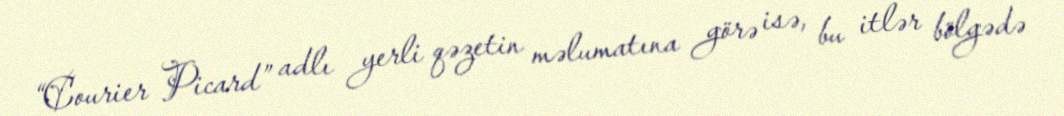
“Courier Picard” adlı yerli qəzetin məlumatına görə isə, bu itlər bölgədə